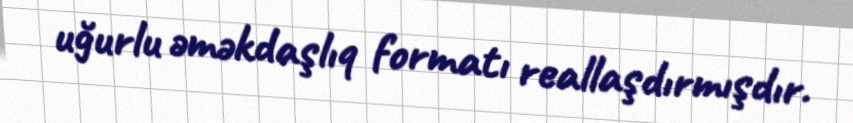
uğurlu əməkdaşlıq formatı reallaşdırmışdır.